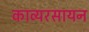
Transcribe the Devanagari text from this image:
काव्यरसायन